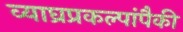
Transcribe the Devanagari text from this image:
व्याघ्रप्रकल्पांपैकी